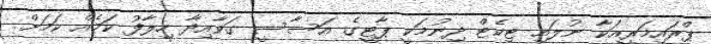
ޕްރައިމަރީއަކާ ނުލައި ޓިކެޓް ދިނުމަކީ ޕާޓީގެ އަސާސީ ގަވާއިދާ ހިލާފު ކަމެއް ކަމަށް